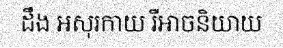
ដឹង អសុរកាយ រឺអាចនិយាយ